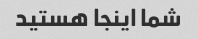
شما اینجا هستید